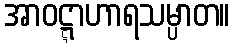
အာဝဋ္ဋာဟာရသမ္ပာတ။